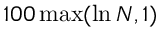
1 0 0 \operatorname* { m a x } ( \ln N , 1 )